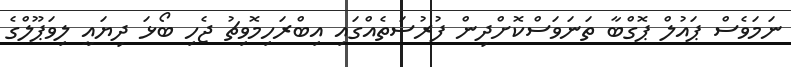
ނަމަވެސް ޕައުލް ޕޮގްބާ ތަނަވަސްކޮށްދިން ފުރުސަތެއްގައި އިބްރަހިމޮވިޗު ޖެހި ބޯޅަ ދިޔައީ ލިވަޕޫލްގެ